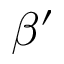
\beta ^ { \prime }